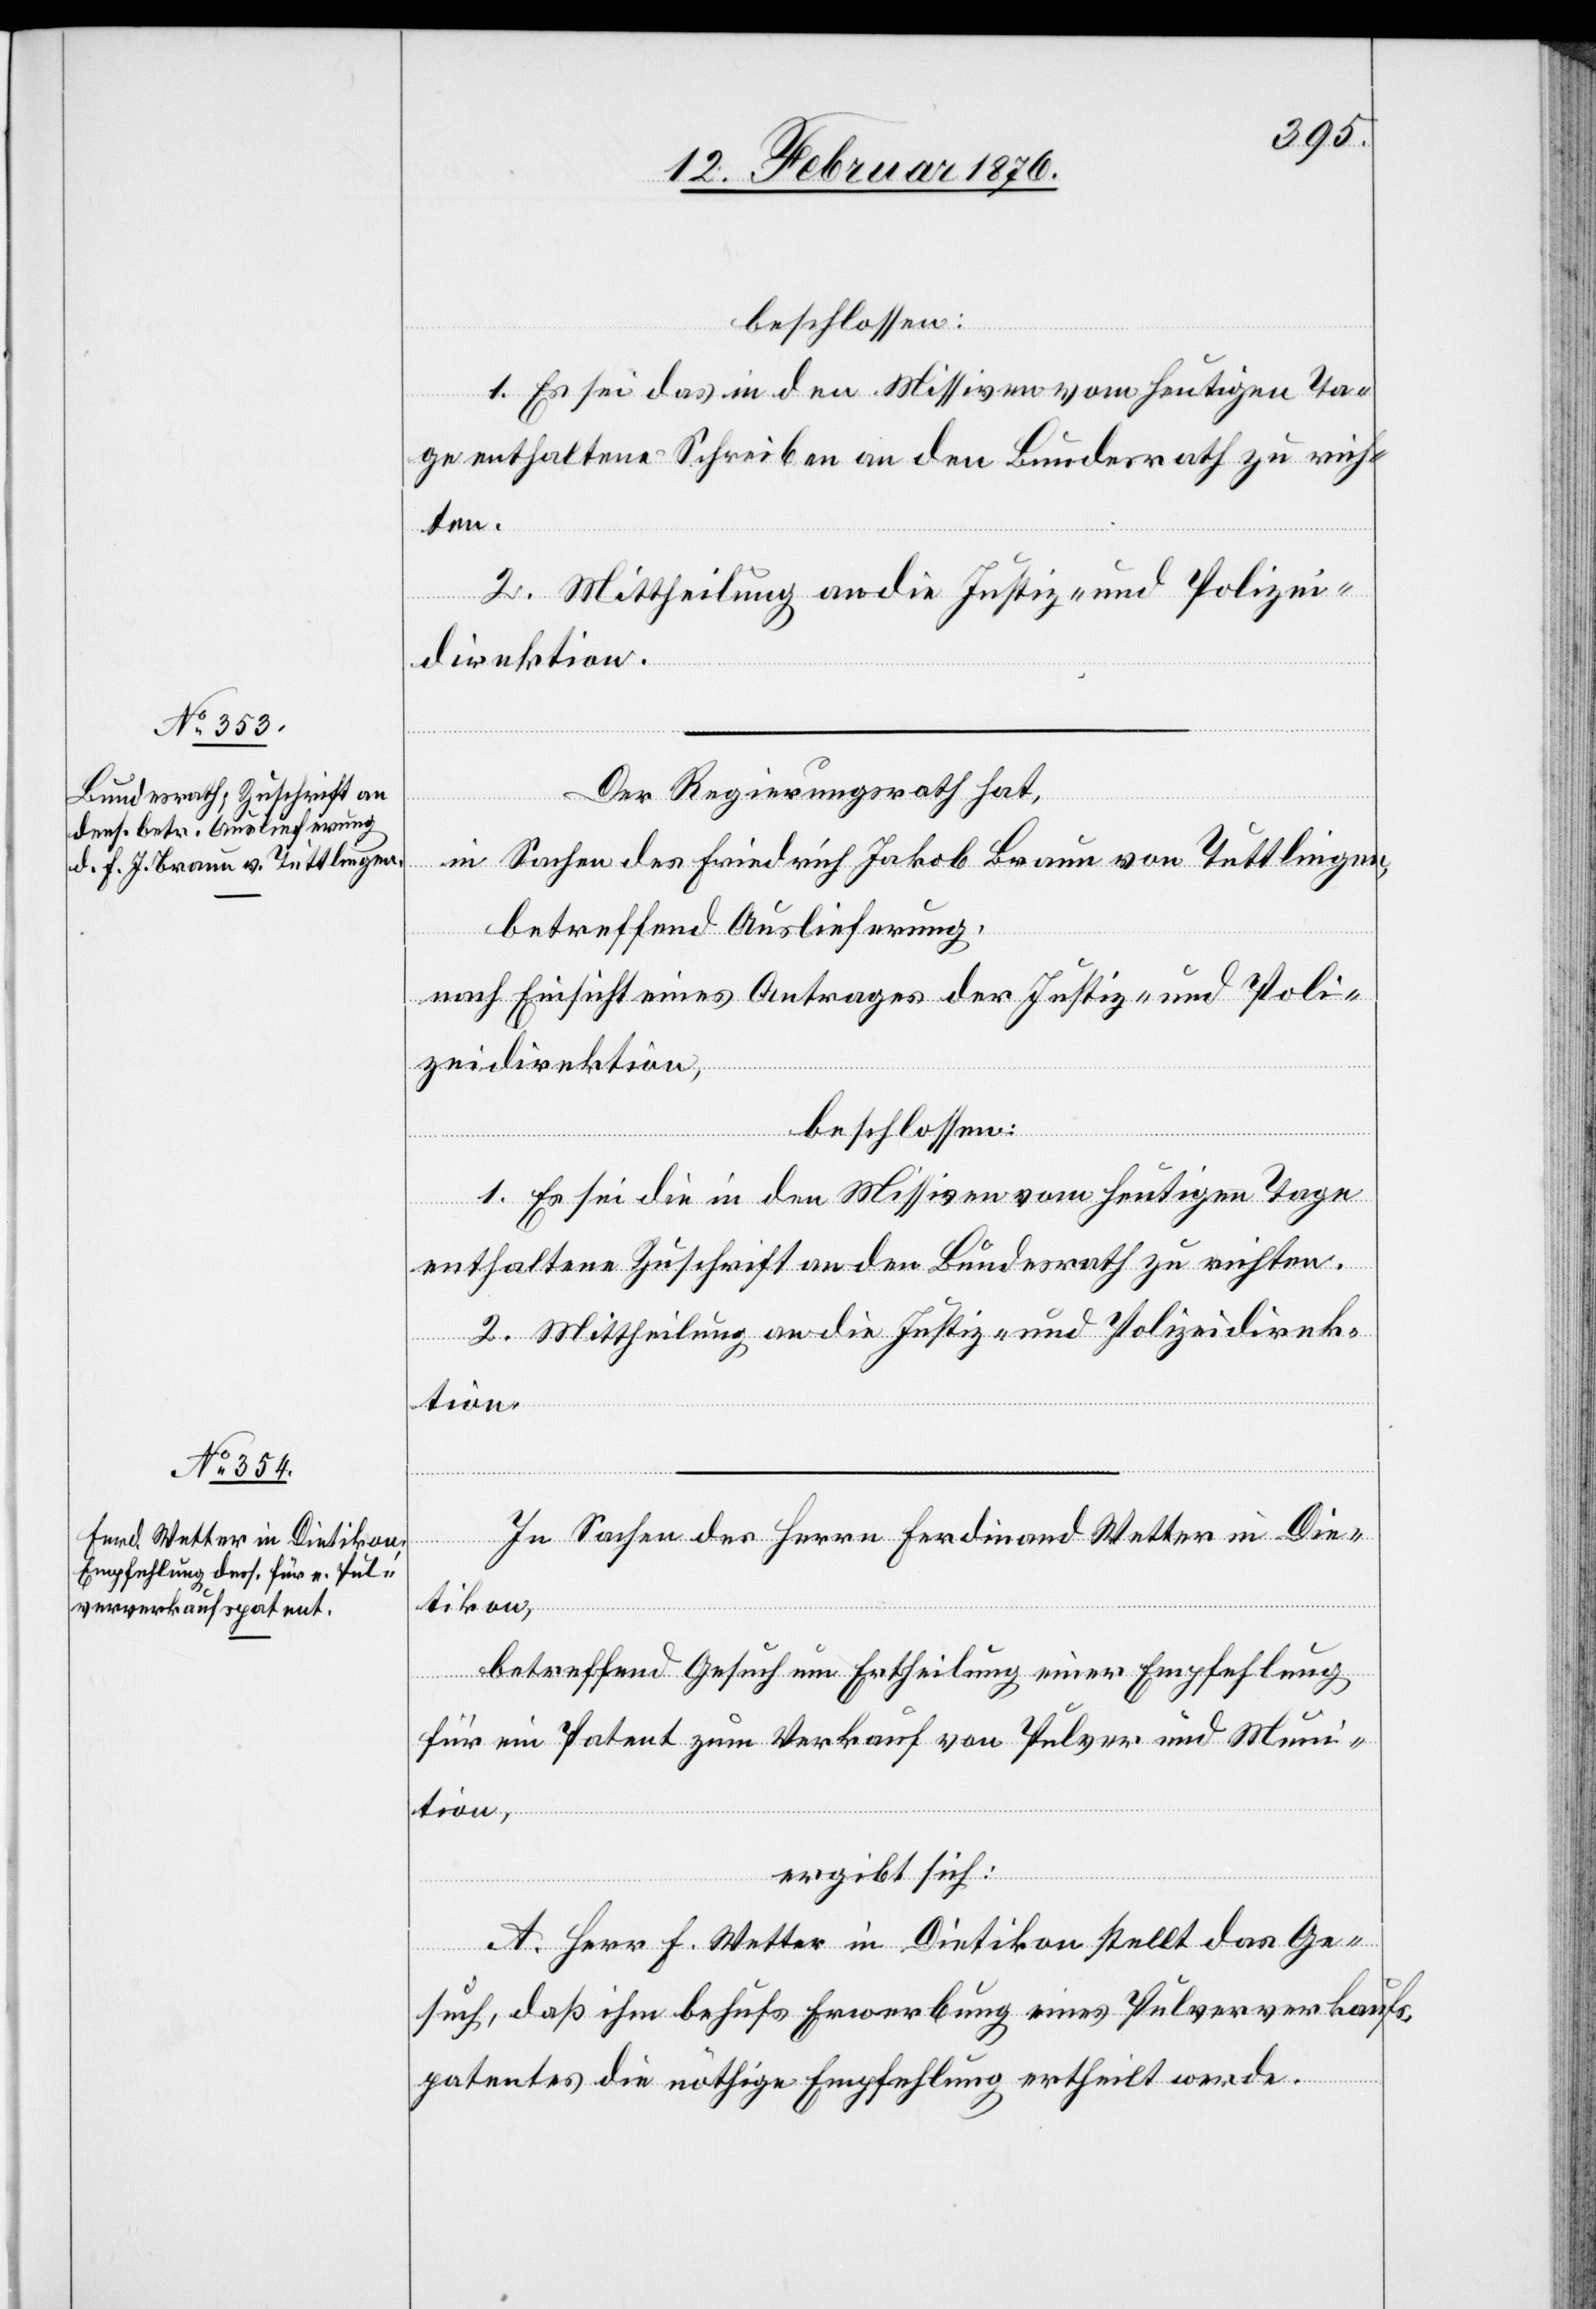
beschlossen:
1. Es sei das in den Missiven vom heutigen Ta¬
ge enthaltene Schreiben an den Bundesrath zu rich¬
ten.
2. Mittheilung an die Justiz- und Polizei¬
direktion.
Der Regierungsrath hat,
in Sachen des Friedrich Jakob Braun von Tuttlingen,
betreffend Auslieferung,
nach Einsicht eines Antrages der Justiz- und Poli¬
zeidirektion,
beschlossen:
1. Es sei die in den Missiven vom heutigen Tage
enthaltene Zuschrift an den Bundesrath zu richten.
2. Mittheilung an die Justiz- und Polizeidirek¬
tion.
In Sachen des Herrn Ferdinand Vetter in Die¬
tikon,
betreffend Gesuch um Ertheilung einer Empfehlung
für ein Patent zum Verkauf von Pulver und Muni¬
tion,
ergibt sich:
A. Herr F. Vetter in Dietikon stellt das Ge¬
such, daß ihm behufs Erwerbung eines Pulververkaufs¬
patentes die nöthige Empfehlung ertheilt werde.